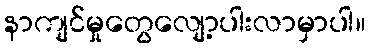
နာကျင်မှုတွေလျော့ပါးလာမှာပါ။